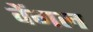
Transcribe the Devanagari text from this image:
वेंगल